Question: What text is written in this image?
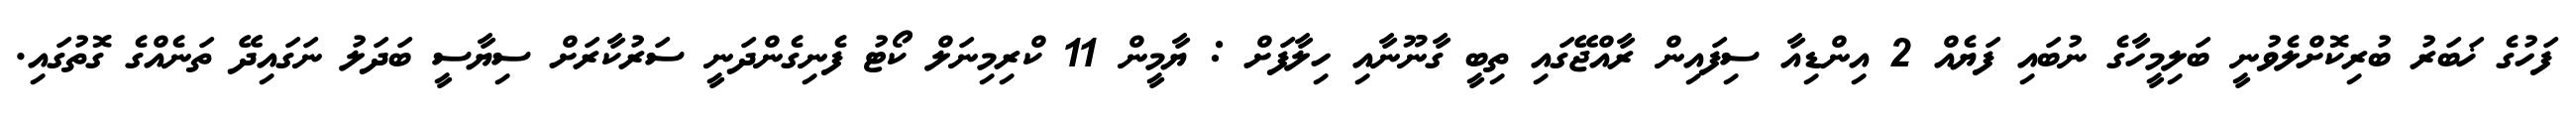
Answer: ފަހުގެ ޚަބަރު ބުރިކޮށްލެވުނީ ބަލިމީހާގެ ނުބައި ފަޔެއް 2 އިންޑިއާ ސިފައިން ރާއްޖޭގައި ތިބީ ގާނޫނާއި ހިލާފަށް : ޔާމީން 11 ކްރިމިނަލް ކޯޓު ފެނިގެންދަނީ ސަރުކާރަށް ސިޔާސީ ބަދަލު ނަގައިދޭ ތަނެއްގެ ގޮތުގައި.